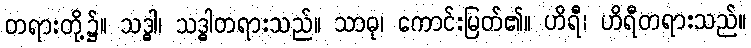
တရားတို့၌။ သဒ္ဓါ၊ သဒ္ဓါတရားသည်။ သာဓု၊ ကောင်းမြတ်၏။ ဟိရီ၊ ဟိရီတရားသည်။